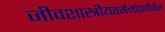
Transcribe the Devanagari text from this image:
जीवशास्त्रीयवर्गमांडणीतील